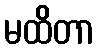
မထိတာ